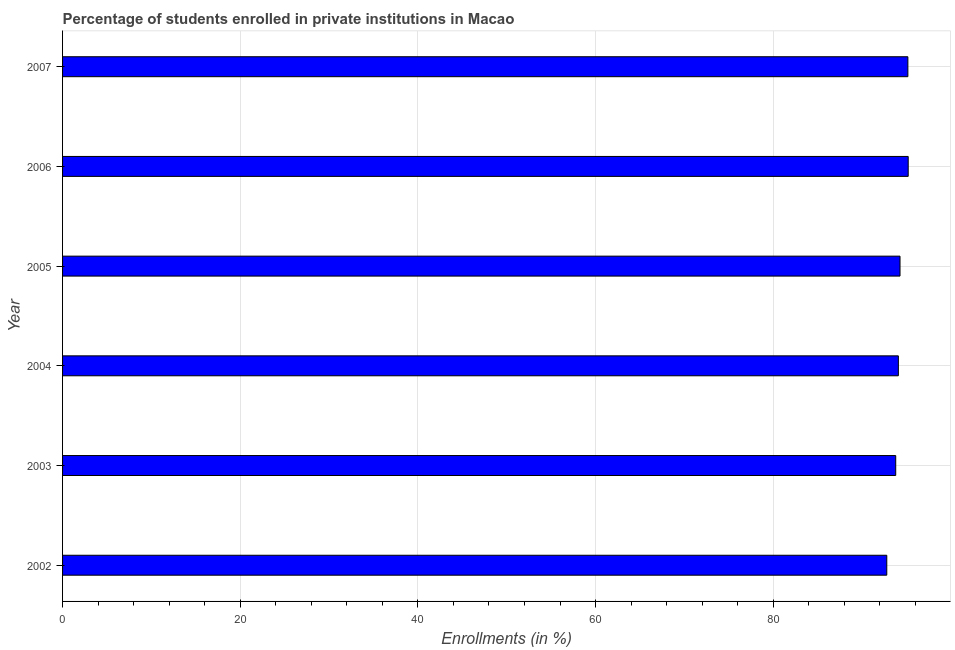
| Year | Enrollments |
 | --- | --- |
 | 2002 | 92.8 |
 | 2003 | 93.8 |
 | 2004 | 94.1 |
 | 2005 | 94.3 |
 | 2006 | 95.2 |
 | 2007 | 95.2 |